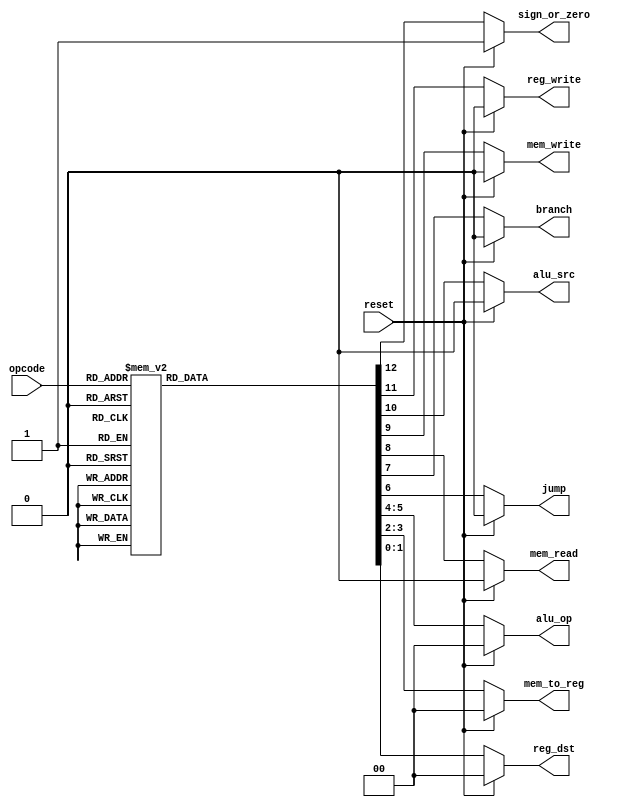
`timescale 1ns / 1ps
//////////////////////////////////////////////////////////////////////////////////
// Company: 
// 
// Design Name: 
// Module Name:    control 
// Project Name: 
// Target Devices: 
// Tool versions: 
// Description: 
//
// Dependencies: 
//
// Revision: 
// Revision 0.01 - File Created
// Additional Comments: 
//
//////////////////////////////////////////////////////////////////////////////////
module control( input[2:0] opcode,  
                           input reset,  
                           output reg[1:0] reg_dst,mem_to_reg,alu_op,  
                           output reg jump,branch,mem_read,mem_write,alu_src,reg_write,sign_or_zero                      
   );  
 always @(*)  
 begin  
      if(reset == 1'b1) begin  
                reg_dst = 2'b00;  
                mem_to_reg = 2'b00;  
                alu_op = 2'b00;  
                jump = 1'b0;  
                branch = 1'b0;  
                mem_read = 1'b0;  
                mem_write = 1'b0;  
                alu_src = 1'b0;  
                reg_write = 1'b0;  
                sign_or_zero = 1'b1;  
      end  
      else begin  
      case(opcode)   
      3'b000: begin // add  
                reg_dst = 2'b01;  
                mem_to_reg = 2'b00;  
                alu_op = 2'b00;  
                jump = 1'b0;  
                branch = 1'b0;  
                mem_read = 1'b0;  
                mem_write = 1'b0;  
                alu_src = 1'b0;  
                reg_write = 1'b1;  
                sign_or_zero = 1'b1;  
                end  
      3'b001: begin // sli  
                reg_dst = 2'b00;  
                mem_to_reg = 2'b00;  
                alu_op = 2'b10;  
                jump = 1'b0;  
                branch = 1'b0;  
                mem_read = 1'b0;  
                mem_write = 1'b0;  
                alu_src = 1'b1;  
                reg_write = 1'b1;  
                sign_or_zero = 1'b0;  
                end  
      3'b010: begin // j  
                reg_dst = 2'b00;  
                mem_to_reg = 2'b00;  
                alu_op = 2'b00;  
                jump = 1'b1;  
                branch = 1'b0;  
                mem_read = 1'b0;  
                mem_write = 1'b0;  
                alu_src = 1'b0;  
                reg_write = 1'b0;  
                sign_or_zero = 1'b1;  
                end  
      3'b011: begin // jal  
                reg_dst = 2'b10;  
                mem_to_reg = 2'b10;  
                alu_op = 2'b00;  
                jump = 1'b1;  
                branch = 1'b0;  
                mem_read = 1'b0;  
                mem_write = 1'b0;  
                alu_src = 1'b0;  
                reg_write = 1'b1;  
                sign_or_zero = 1'b1;  
                end  
      3'b100: begin // lw  
                reg_dst = 2'b00;  
                mem_to_reg = 2'b01;  
                alu_op = 2'b11;  
                jump = 1'b0;  
                branch = 1'b0;  
                mem_read = 1'b1;  
                mem_write = 1'b0;  
                alu_src = 1'b1;  
                reg_write = 1'b1;  
                sign_or_zero = 1'b1;  
                end  
      3'b101: begin // sw  
                reg_dst = 2'b00;  
                mem_to_reg = 2'b00;  
                alu_op = 2'b11;  
                jump = 1'b0;  
                branch = 1'b0;  
                mem_read = 1'b0;  
                mem_write = 1'b1;  
                alu_src = 1'b1;  
                reg_write = 1'b0;  
                sign_or_zero = 1'b1;  
                end  
      3'b110: begin // beq  
                reg_dst = 2'b00;  
                mem_to_reg = 2'b00;  
                alu_op = 2'b01;  
                jump = 1'b0;  
                branch = 1'b1;  
                mem_read = 1'b0;  
                mem_write = 1'b0;  
                alu_src = 1'b0;  
                reg_write = 1'b0;  
                sign_or_zero = 1'b1;  
                end  
      3'b111: begin // addi  
                reg_dst = 2'b00;  
                mem_to_reg = 2'b00;  
                alu_op = 2'b11;  
                jump = 1'b0;  
                branch = 1'b0;  
                mem_read = 1'b0;  
                mem_write = 1'b0;  
                alu_src = 1'b1;  
                reg_write = 1'b1;  
                sign_or_zero = 1'b1;  
                end  
      default: begin  
                reg_dst = 2'b01;  
                mem_to_reg = 2'b00;  
                alu_op = 2'b00;  
                jump = 1'b0;  
                branch = 1'b0;  
                mem_read = 1'b0;  
                mem_write = 1'b0;  
                alu_src = 1'b0;  
                reg_write = 1'b1;  
                sign_or_zero = 1'b1;  
                end  
      endcase  
      end  
 end  
 endmodule